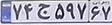
۷۴ج۵۹۷۶۷